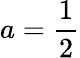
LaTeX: a={\frac{1}{2}}